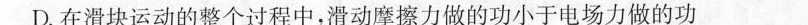
D.在滑块运动的整个过程中，滑动摩擦力做的功小于电场力做的功